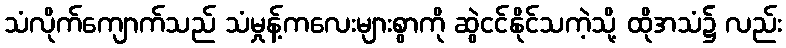
သံလိုက်ကျောက်သည် သံမှုန့်ကလေးများစွာကို ဆွဲငင်နိုင်သကဲ့သို့ ထိုအသံ၌ လည်း